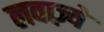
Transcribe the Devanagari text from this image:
लवाज़्ये